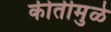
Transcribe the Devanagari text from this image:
कीर्तीमुळे